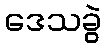
ဒေသခွဲ